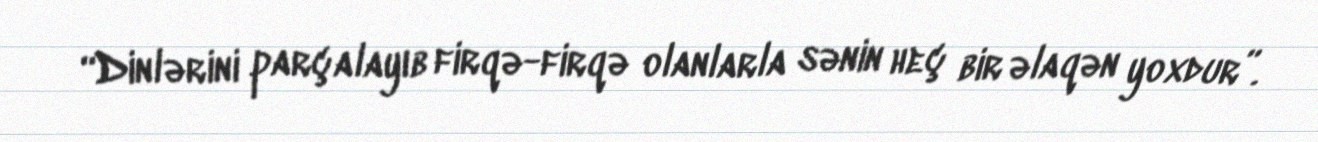
“Dinlərini parçalayıb firqə-firqə olanlarla sənin heç bir əlaqən yoxdur”.